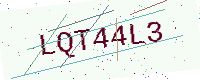
Text: LQT44L3